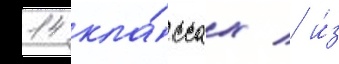
14 кла́ссах / и́з